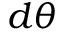
d \theta